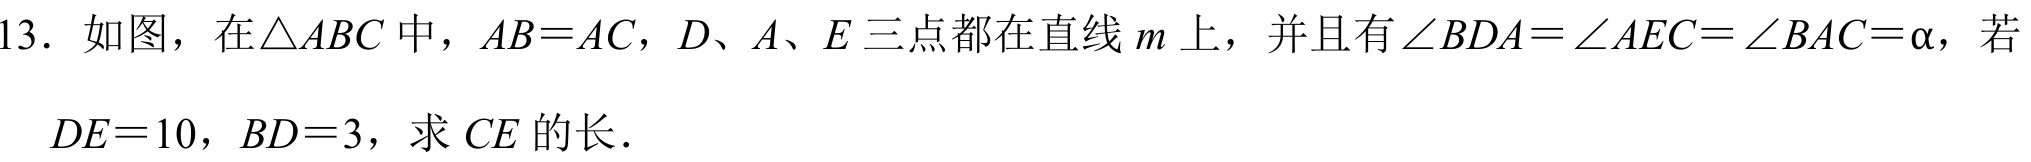
13. 如图，在\(\triangle ABC\)中，\(AB = AC\)，\(D\)、\(A\)、\(E\)三点都在直线\(m\)上，并且有\(\angle BDA=\angle AEC = \angle BAC=\alpha\)，若
\(DE = 10\)，\(BD = 3\)，求\(CE\)的长.